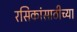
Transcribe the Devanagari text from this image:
रसिकांसाठीच्या